Indian journal of veterinary science and animal husbandry - Volume 14,
Year: 1944
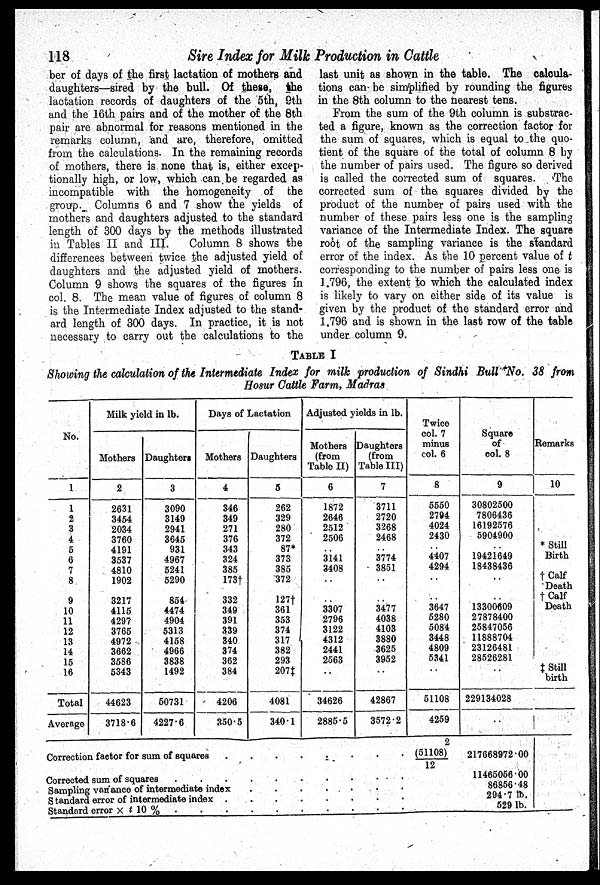
118
Sire Index for Milk Production in Cattle
ber of days of the first lactation of mothers and
daughters—sired by the bull. Of these, the
lactation records of daughters of the 5th, 9th
and the 16th pairs and of the mother of the 8th
pair are abnormal for reasons mentioned in the
remarks column, and are, therefore, omitted
from the calculations. In the remaining records
of mothers, there is none that is, either excep-
tionally high, or low, which can be regarded as
incompatible with the homogeneity of the
group. Columns 6 and 7 show the yields of
mothers and daughters adjusted to the standard
length of 300 days by the methods illustrated
in Tables II and III.
Column 8 shows the
differences between twice the adjusted yield of
daughters and the adjusted yield of mothers.
Column 9 shows the squares of the figures in
col. 8. The mean value of figures of column 8
is the Intermediate Index adjusted to the stand-
ard length of 300 days. In practice, it is not
necessary to carry out the calculations to the
last unit as shown in the table. The calcula-
tions can be simplified by rounding the figures
in the 8th column to the nearest tens.
From the sum of the 9th column is substrac-
ted a figure, known as the correction factor for
the sum of squares, which is equal to the quo-
tient of the square of the total of column 8 by
the number of pairs used. The figure so derived
is called the corrected sum of squares.
The
corrected sum of the squares divided by the
product of the number of pairs used with the
number of these pairs less one is the sampling
variance of the Intermediate Index. The square
root of the sampling variance is the standard
error of the index. As the 10 percent value of t
corresponding to the number of pairs less one is
1.796, the extent to which the calculated index
is likely to vary on either side of its value is
given by the product of the standard error and
1.796 and is shown in the last row of the table
under column 9.
TABLE I
Showing the calculation of the Intermediate Index for milk production of Sindhi Bull No. 38 from
Hosur Cattle Farm, Madras
No.
1
1
2
3
4
5
6
7
8
9
10
11
12
13
14
15
16
Total
Average
Milk yield in lb.
Mothers
2
2631
3454
2034
3760
4191
3537
4810
1902
3217
4115
4297
3765
4972
3662
3586
5343
44623
3718.6
Daughters
3
3090
3149
2941
3645
931
4967
5241
5290
854
4474
4904
5313
4158
4966
3838
1492
50731
4227.6
Days of Lactation
Mothers
4
346
349
271
376
343
324
385
173†
332
349
391
339
340
374
362
384
4206
350.5
Daughters
5
262
329
280
372
87*
373
385
372
127†
361
353
374
317
382
293
207‡
4081
340.1
Adjusted yields in lb.
Mothers
(from
Table II)
6
1872
2646
2512
2506
..
3141
3408
..
..
3307
2796
3122
4312
2441
2563
..
34626
2885.5
Daughters
(from
Table III)
7
3711
2720
3268
2468
..
3774
3851
..
..
3477
4038
4103
3880
3625
3952
..
42867
3572.2
Twice
col. 7
minus
col. 6
8
5550
2794
4024
2430
..
4407
4294
..
..
3647
5280
5084
3448
4809
5341
..
51108
4259
Square
of
col. 8
9
30802500
7806436
16192576
5904900
..
19421649
18438436
..
..
13300609
27878400
25847056
11888704
23126481
28526281
..
229134028
..
Remarks
10
* Still
Birth
† Calf
Death
†Calf
Death
‡ Still
birth
Correction factor for sum of squares
Corrected sum of squares
Sampling variance of intermediate index
.....
Standard error of intermediate index
Standard error × t 10 %
(51108) 2 / 12 217668972.00
11465056.00
86856.48
294.7 lb.
529 lb.